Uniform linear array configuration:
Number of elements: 32
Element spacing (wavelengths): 1
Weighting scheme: cosine
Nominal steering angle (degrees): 30
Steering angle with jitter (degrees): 31.177
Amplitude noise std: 0.05
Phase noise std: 0.05

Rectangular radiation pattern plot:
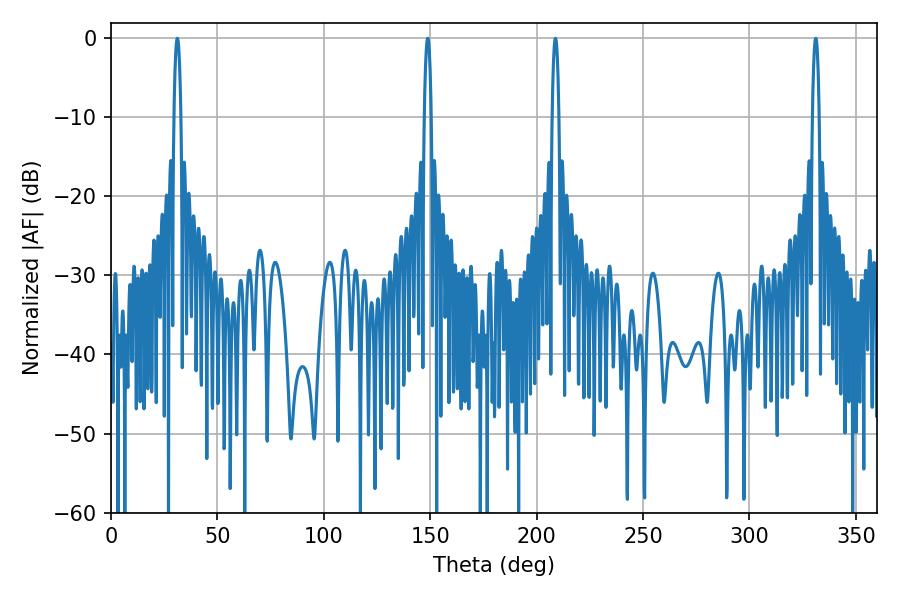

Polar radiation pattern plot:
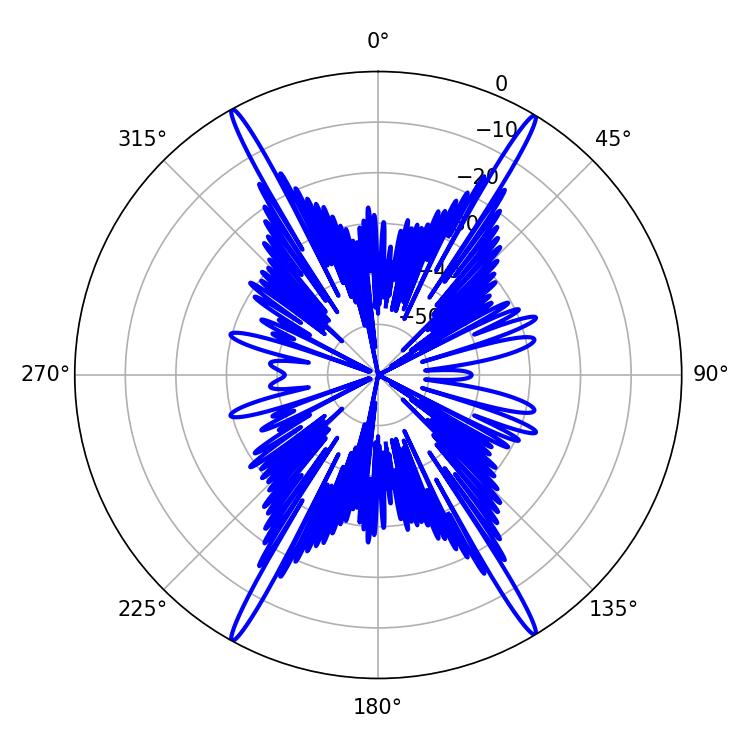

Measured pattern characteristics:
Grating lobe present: TRUE
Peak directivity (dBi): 27.315
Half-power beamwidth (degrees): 1.8
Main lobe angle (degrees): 31.14